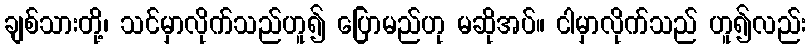
ချစ်သားတို့၊ သင်မှာလိုက်သည်ဟူ၍ ပြောမည်ဟု မဆိုအပ်။ ငါမှာလိုက်သည် ဟူ၍လည်း